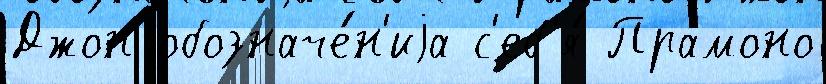
Джон обозначе́н'иjа с'еб'я́ Прамоно